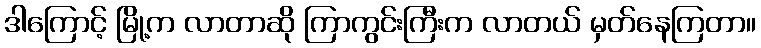
ဒါကြောင့် မြို့က လာတာဆို ကြာကွင်းကြီးက လာတယ် မှတ်နေကြတာ။